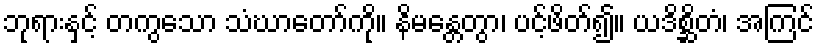
ဘုရားနှင့် တကွသော သံဃာတော်ကို။ နိမန္တေတွာ၊ ပင့်ဖိတ်၍။ ယဒိစ္ဆိတံ၊ အကြင်